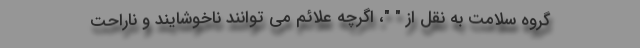
گروه سلامت به نقل از " "، اگرچه علائم می توانند ناخوشایند و ناراحت